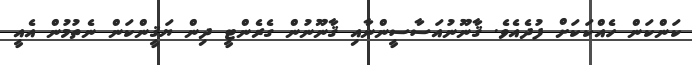
ކަންކަން ހެއްކަކަށް ފުދެއެވެ. ޤާނޫނުއަސާސީންނާއި ޤާނޫނުން ގެރެންޓީ ދިން ޔަޤީންކަން ނެތުމުން އެއީ